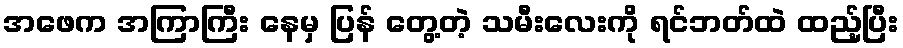
အဖေက အကြာကြီး နေမှ ပြန် တွေ့တဲ့ သမီးလေးကို ရင်ဘတ်ထဲ ထည့်ပြီး